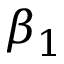
\beta _ { 1 }